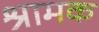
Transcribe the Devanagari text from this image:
श्रामक